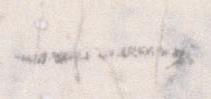
一